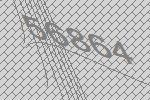
56864